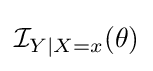
{\mathcal {I}}_{Y\mid X=x}(\theta )